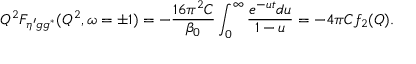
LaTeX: Q ^ { 2 } F _ { \eta ^ { \prime } g g ^ { * } } ( Q ^ { 2 } , \omega = \pm 1 ) = - \frac { 1 6 \pi ^ { 2 } C } { \beta _ { 0 } } \int _ { 0 } ^ { \infty } \frac { e ^ { - u t } d u } { 1 - u } = - 4 \pi C f _ { 2 } ( Q ) .